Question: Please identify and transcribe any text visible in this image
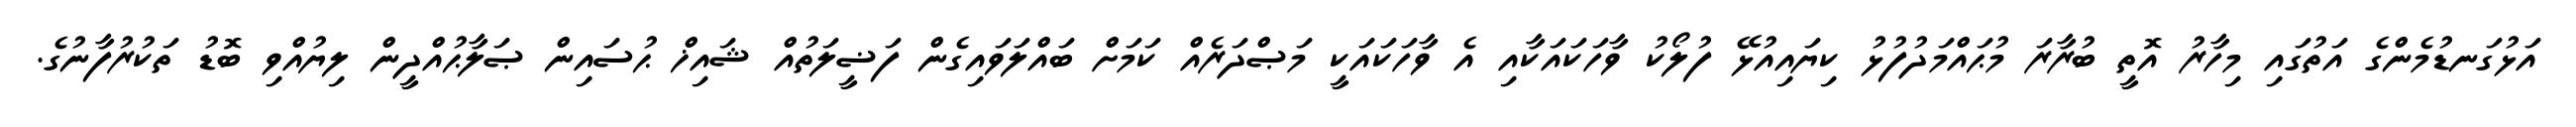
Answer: އަޅުގަނޑުމެންގެ އަތުގައި މިހާރު އޮތީ ބުރާރަ މުޙައްމަދުފުޅު ކިޔައިއުޅޭ ފުލޯކު ވާހަކައަކާއި އެ ވާހަކައަކީ މަޞްދަރެއް ކަމަށް ބައްލަވައިގެން ފަޟީލަތުއް ޝައިޚް ޙުސައިން ޞަލާޙުއްދީން ލިޔުއްވި ބޮޑު ތަކުރުފާނުގެ.